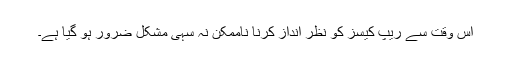
اس وقت سے ریپ کیسز کو نظر انداز کرنا ناممکن نہ سہی مشکل ضرور ہو گیا ہے۔